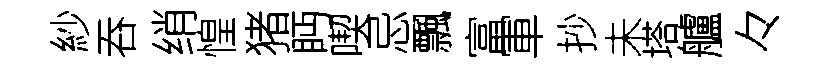
紗吞绡惶猪眄喫忌飄富軍抄未塔艫々